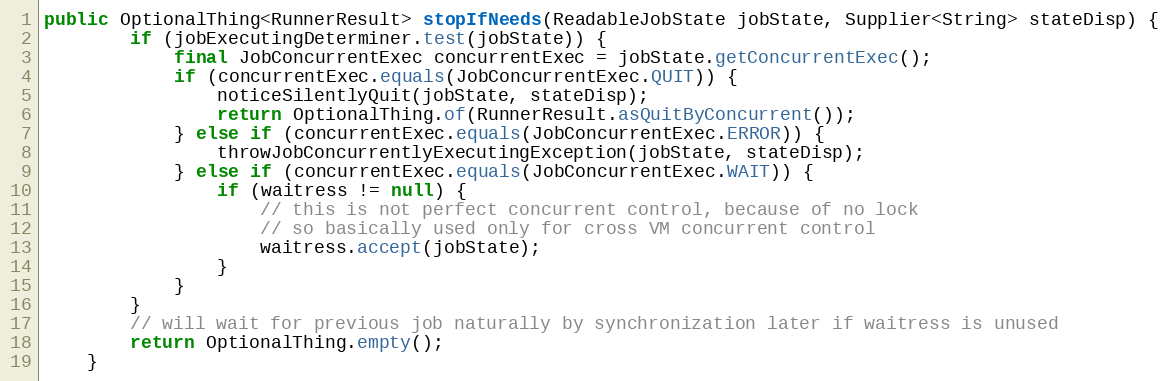
Language: Java
public OptionalThing<RunnerResult> stopIfNeeds(ReadableJobState jobState, Supplier<String> stateDisp) {
        if (jobExecutingDeterminer.test(jobState)) {
            final JobConcurrentExec concurrentExec = jobState.getConcurrentExec();
            if (concurrentExec.equals(JobConcurrentExec.QUIT)) {
                noticeSilentlyQuit(jobState, stateDisp);
                return OptionalThing.of(RunnerResult.asQuitByConcurrent());
            } else if (concurrentExec.equals(JobConcurrentExec.ERROR)) {
                throwJobConcurrentlyExecutingException(jobState, stateDisp);
            } else if (concurrentExec.equals(JobConcurrentExec.WAIT)) {
                if (waitress != null) {
                    // this is not perfect concurrent control, because of no lock
                    // so basically used only for cross VM concurrent control
                    waitress.accept(jobState);
                }
            }
        }
        // will wait for previous job naturally by synchronization later if waitress is unused
        return OptionalThing.empty();
    }